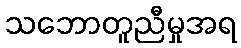
သဘောတူညီမှုအရ